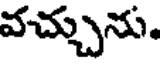
వచ్చును.